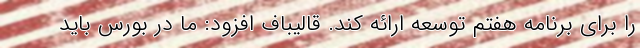
را برای برنامه هفتم توسعه ارائه کند. قالیباف افزود: ما در بورس باید